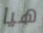
هيا